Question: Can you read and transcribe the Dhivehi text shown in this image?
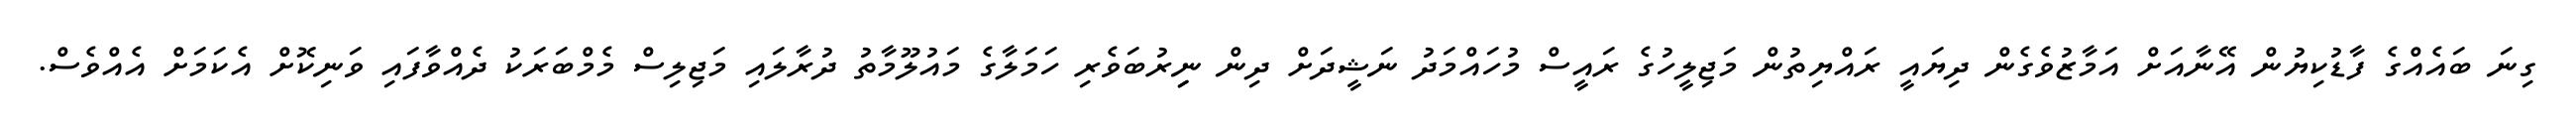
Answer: ގިނަ ބައެއްގެ ފާޑުކިޔުން އޭނާއަށް އަމާޒުވެގެން ދިޔައީ ރައްޔިތުން މަޖިލީހުގެ ރައީސް މުހައްމަދު ނަޝީދަށް ދިން ނިިރުބަވެރި ހަމަލާގެ މައުލޫމާތު ދުރާލައި މަޖިލިސް މެމްބަރަކު ދެއްވާފައި ވަނިކޮށް އެކަމަށް އެއްވެސް.